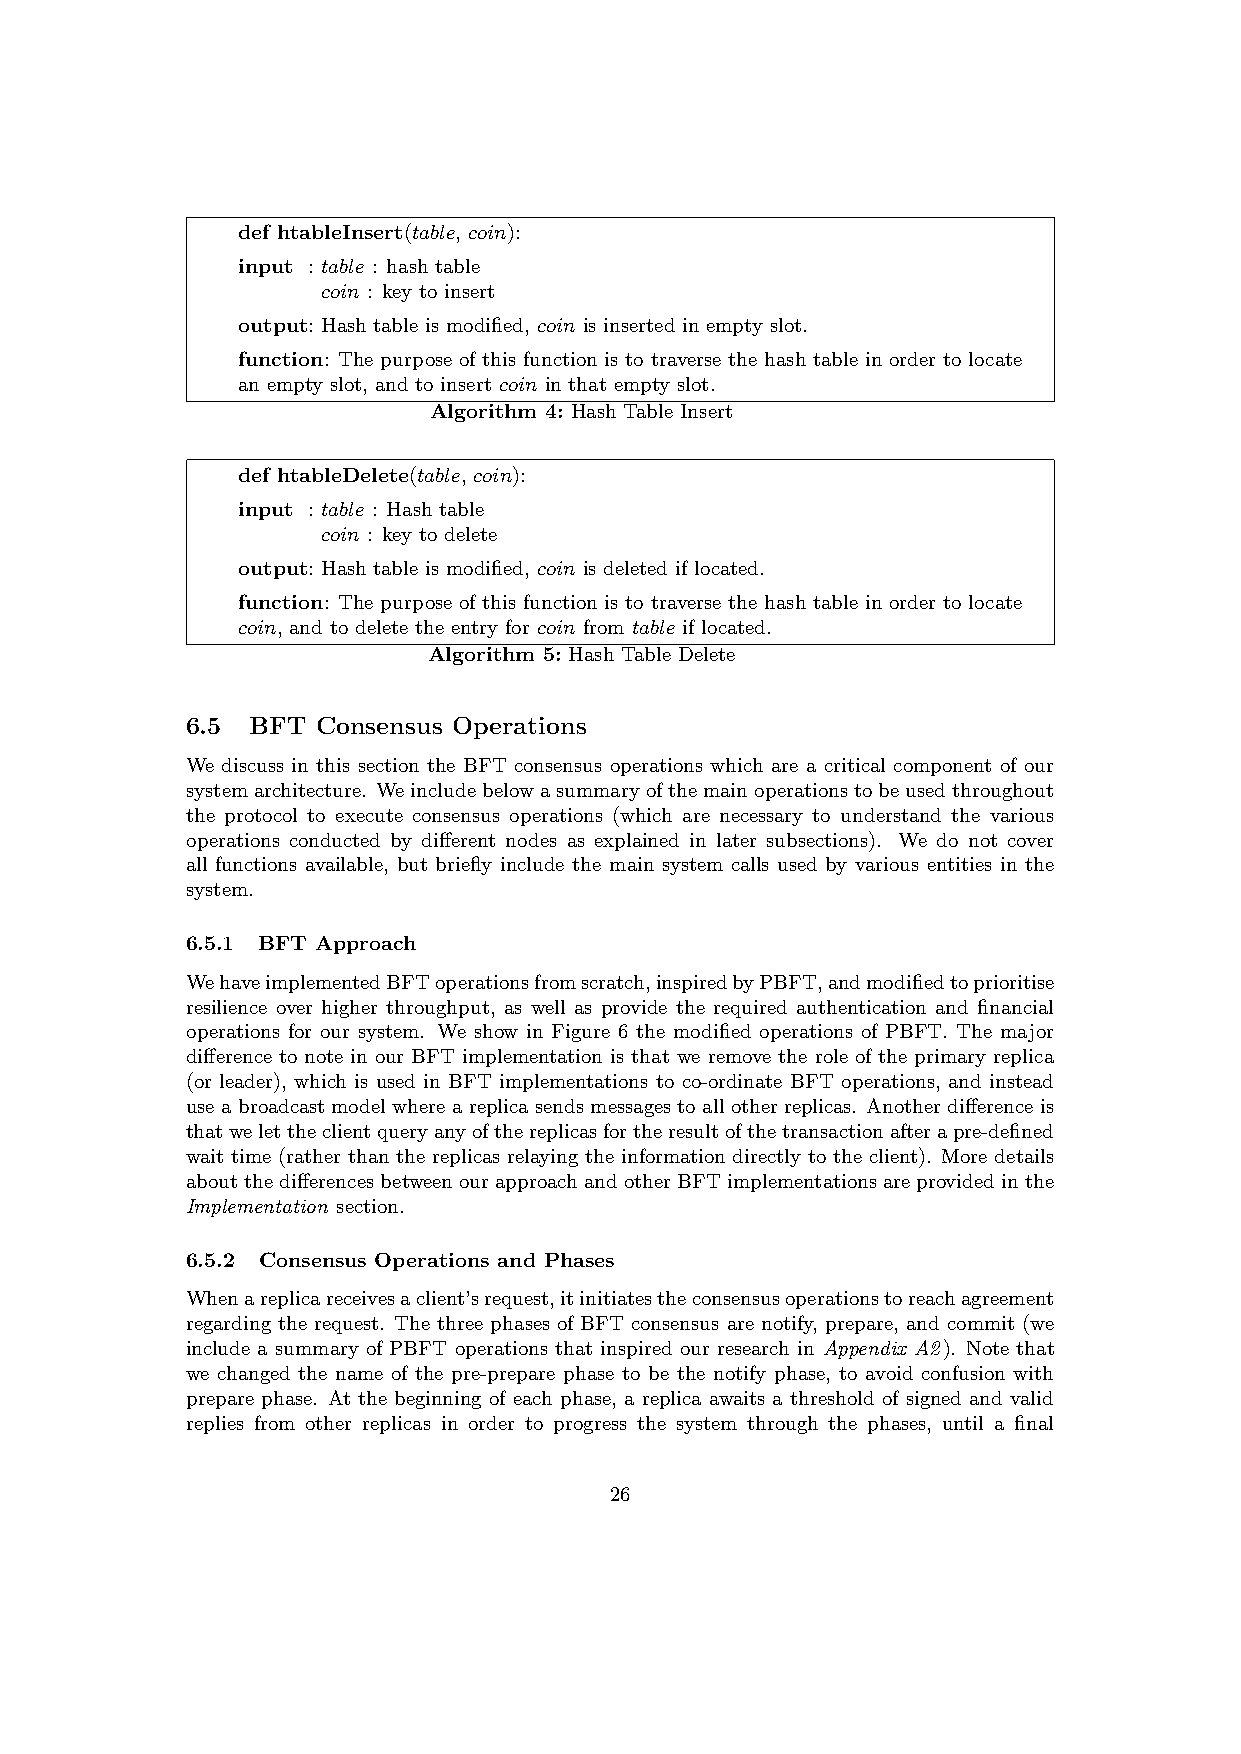
def htableInsert(table, coin):
 input : table : hash table
 coin : key to insert
 output: Hash table is modified, coin is inserted in empty slot.
 function: The purpose of this function is to traverse the hash table in order to locate
 an empty slot, and to insert coin in that empty slot.
 Algorithm 4: Hash Table Insert
 def htableDelete(table, coin):
 input : table : Hash table
 coin : key to delete
 output: Hash table is modified, coin is deleted if located.
 function: The purpose of this function is to traverse the hash table in order to locate
 coin, and to delete the entry for coin from table if located.
 Algorithm 5: Hash Table Delete
 6.5  BFT Consensus Operations
 We discuss in this section the BFT consensus operations which are a critical component of our
 systemarchitecture. Weincludebelowasummaryofthemainoperationstobeusedthroughout
 the protocol to execute consensus operations (which are necessary to understand the various
 operations conducted by different nodes as explained in later subsections). We do not cover
 all functions available, but briefly include the main system calls used by various entities in the
 system.
 6.5.1 BFT Approach
 WehaveimplementedBFToperationsfromscratch,inspiredbyPBFT,andmodifiedtoprioritise
 resilience over higher throughput, as well as provide the required authentication and financial
 operations for our system. We show in Figure 6 the modified operations of PBFT. The major
 difference to note in our BFT implementation is that we remove the role of the primary replica
 (or leader), which is used in BFT implementations to co-ordinate BFT operations, and instead
 use a broadcast model where a replica sends messages to all other replicas. Another difference is
 thatwelettheclientqueryanyofthereplicasfortheresultofthetransactionafterapre-defined
 wait time (rather than the replicas relaying the information directly to the client). More details
 aboutthe differencesbetweenourapproachandother BFTimplementationsareprovidedinthe
 Implementation section.
 6.5.2 Consensus Operations and Phases
 Whenareplicareceivesaclient’srequest,itinitiatestheconsensusoperationstoreachagreement
 regarding the request. The three phases of BFT consensus are notify, prepare, and commit (we
 include a summary of PBFT operations that inspired our research in Appendix A2). Note that
 we changed the name of the pre-prepare phase to be the notify phase, to avoid confusion with
 prepare phase. At the beginning of each phase, a replica awaits a threshold of signed and valid
 replies from other replicas in order to progress the system through the phases, until a final
 26